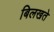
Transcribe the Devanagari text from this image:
बिलखते